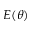
E ( \theta )